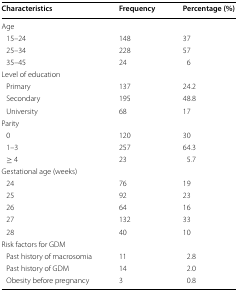
<table><thead><tr><td><b>Characteristics</b></td><td><b>Frequency</b></td><td><b>Percentage (%)</b></td></tr></thead><tbody><tr><td colspan="3">Age</td></tr><tr><td> 15–24</td><td>148</td><td>37</td></tr><tr><td> 25–34</td><td>228</td><td>57</td></tr><tr><td> 35–45</td><td>24</td><td>6</td></tr><tr><td colspan="3">Level of education</td></tr><tr><td> Primary</td><td>137</td><td>24.2</td></tr><tr><td> Secondary</td><td>195</td><td>48.8</td></tr><tr><td> University</td><td>68</td><td>17</td></tr><tr><td colspan="3">Parity</td></tr><tr><td> 0</td><td>120</td><td>30</td></tr><tr><td> 1–3</td><td>257</td><td>64.3</td></tr><tr><td> ≥ 4</td><td>23</td><td>5.7</td></tr><tr><td colspan="3">Gestational age (weeks)</td></tr><tr><td> 24</td><td>76</td><td>19</td></tr><tr><td> 25</td><td>92</td><td>23</td></tr><tr><td> 26</td><td>64</td><td>16</td></tr><tr><td> 27</td><td>132</td><td>33</td></tr><tr><td> 28</td><td>40</td><td>10</td></tr><tr><td colspan="3">Risk factors for GDM</td></tr><tr><td> Past history of macrosomia</td><td>11</td><td>2.8</td></tr><tr><td> Past history of GDM</td><td>14</td><td>2.0</td></tr><tr><td> Obesity before pregnancy</td><td>3</td><td>0.8</td></tr></tbody></table>